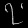
Digit: ၇